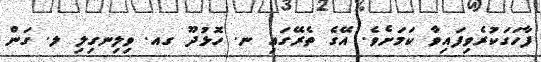
ފާހަގަކުރެވިފައިވާ ކަމަށެވެ. އޭގެ ތެރޭގައި ނ. ހޮޅުދޫ ގއ. ވިލިނގިލި ލ. ގަން